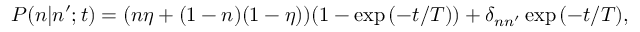
P ( n | n ^ { \prime } ; t ) = ( n \eta + ( 1 - n ) ( 1 - \eta ) ) ( 1 - \exp { ( - t / T ) } ) + \delta _ { n n ^ { \prime } } \exp { ( - t / T ) } ,